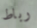
رباط